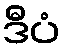
ဒီပံ